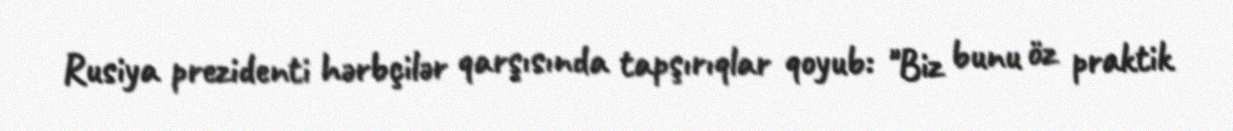
Rusiya prezidenti hərbçilər qarşısında tapşırıqlar qoyub: "Biz bunu öz praktik